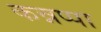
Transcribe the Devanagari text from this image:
कन्नप्पा